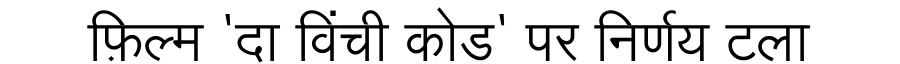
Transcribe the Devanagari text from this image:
फ़िल्म 'दा विंची कोड' पर निर्णय टला